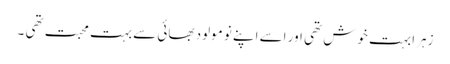
زہرا بہت خوش تھی اور اسے اپنے نو مولود بھائی سے بہت محبت تھی ۔